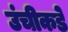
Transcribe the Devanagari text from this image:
उंचीकडे